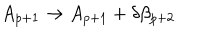
LaTeX: A _ { p + 1 } \rightarrow A _ { p + 1 } + \delta \beta _ { p + 2 }